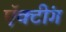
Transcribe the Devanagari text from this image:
ऍक्टींग